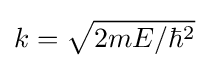
k={\sqrt {2mE/\hbar ^{2}}}